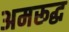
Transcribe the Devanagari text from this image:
अमरूद्ध